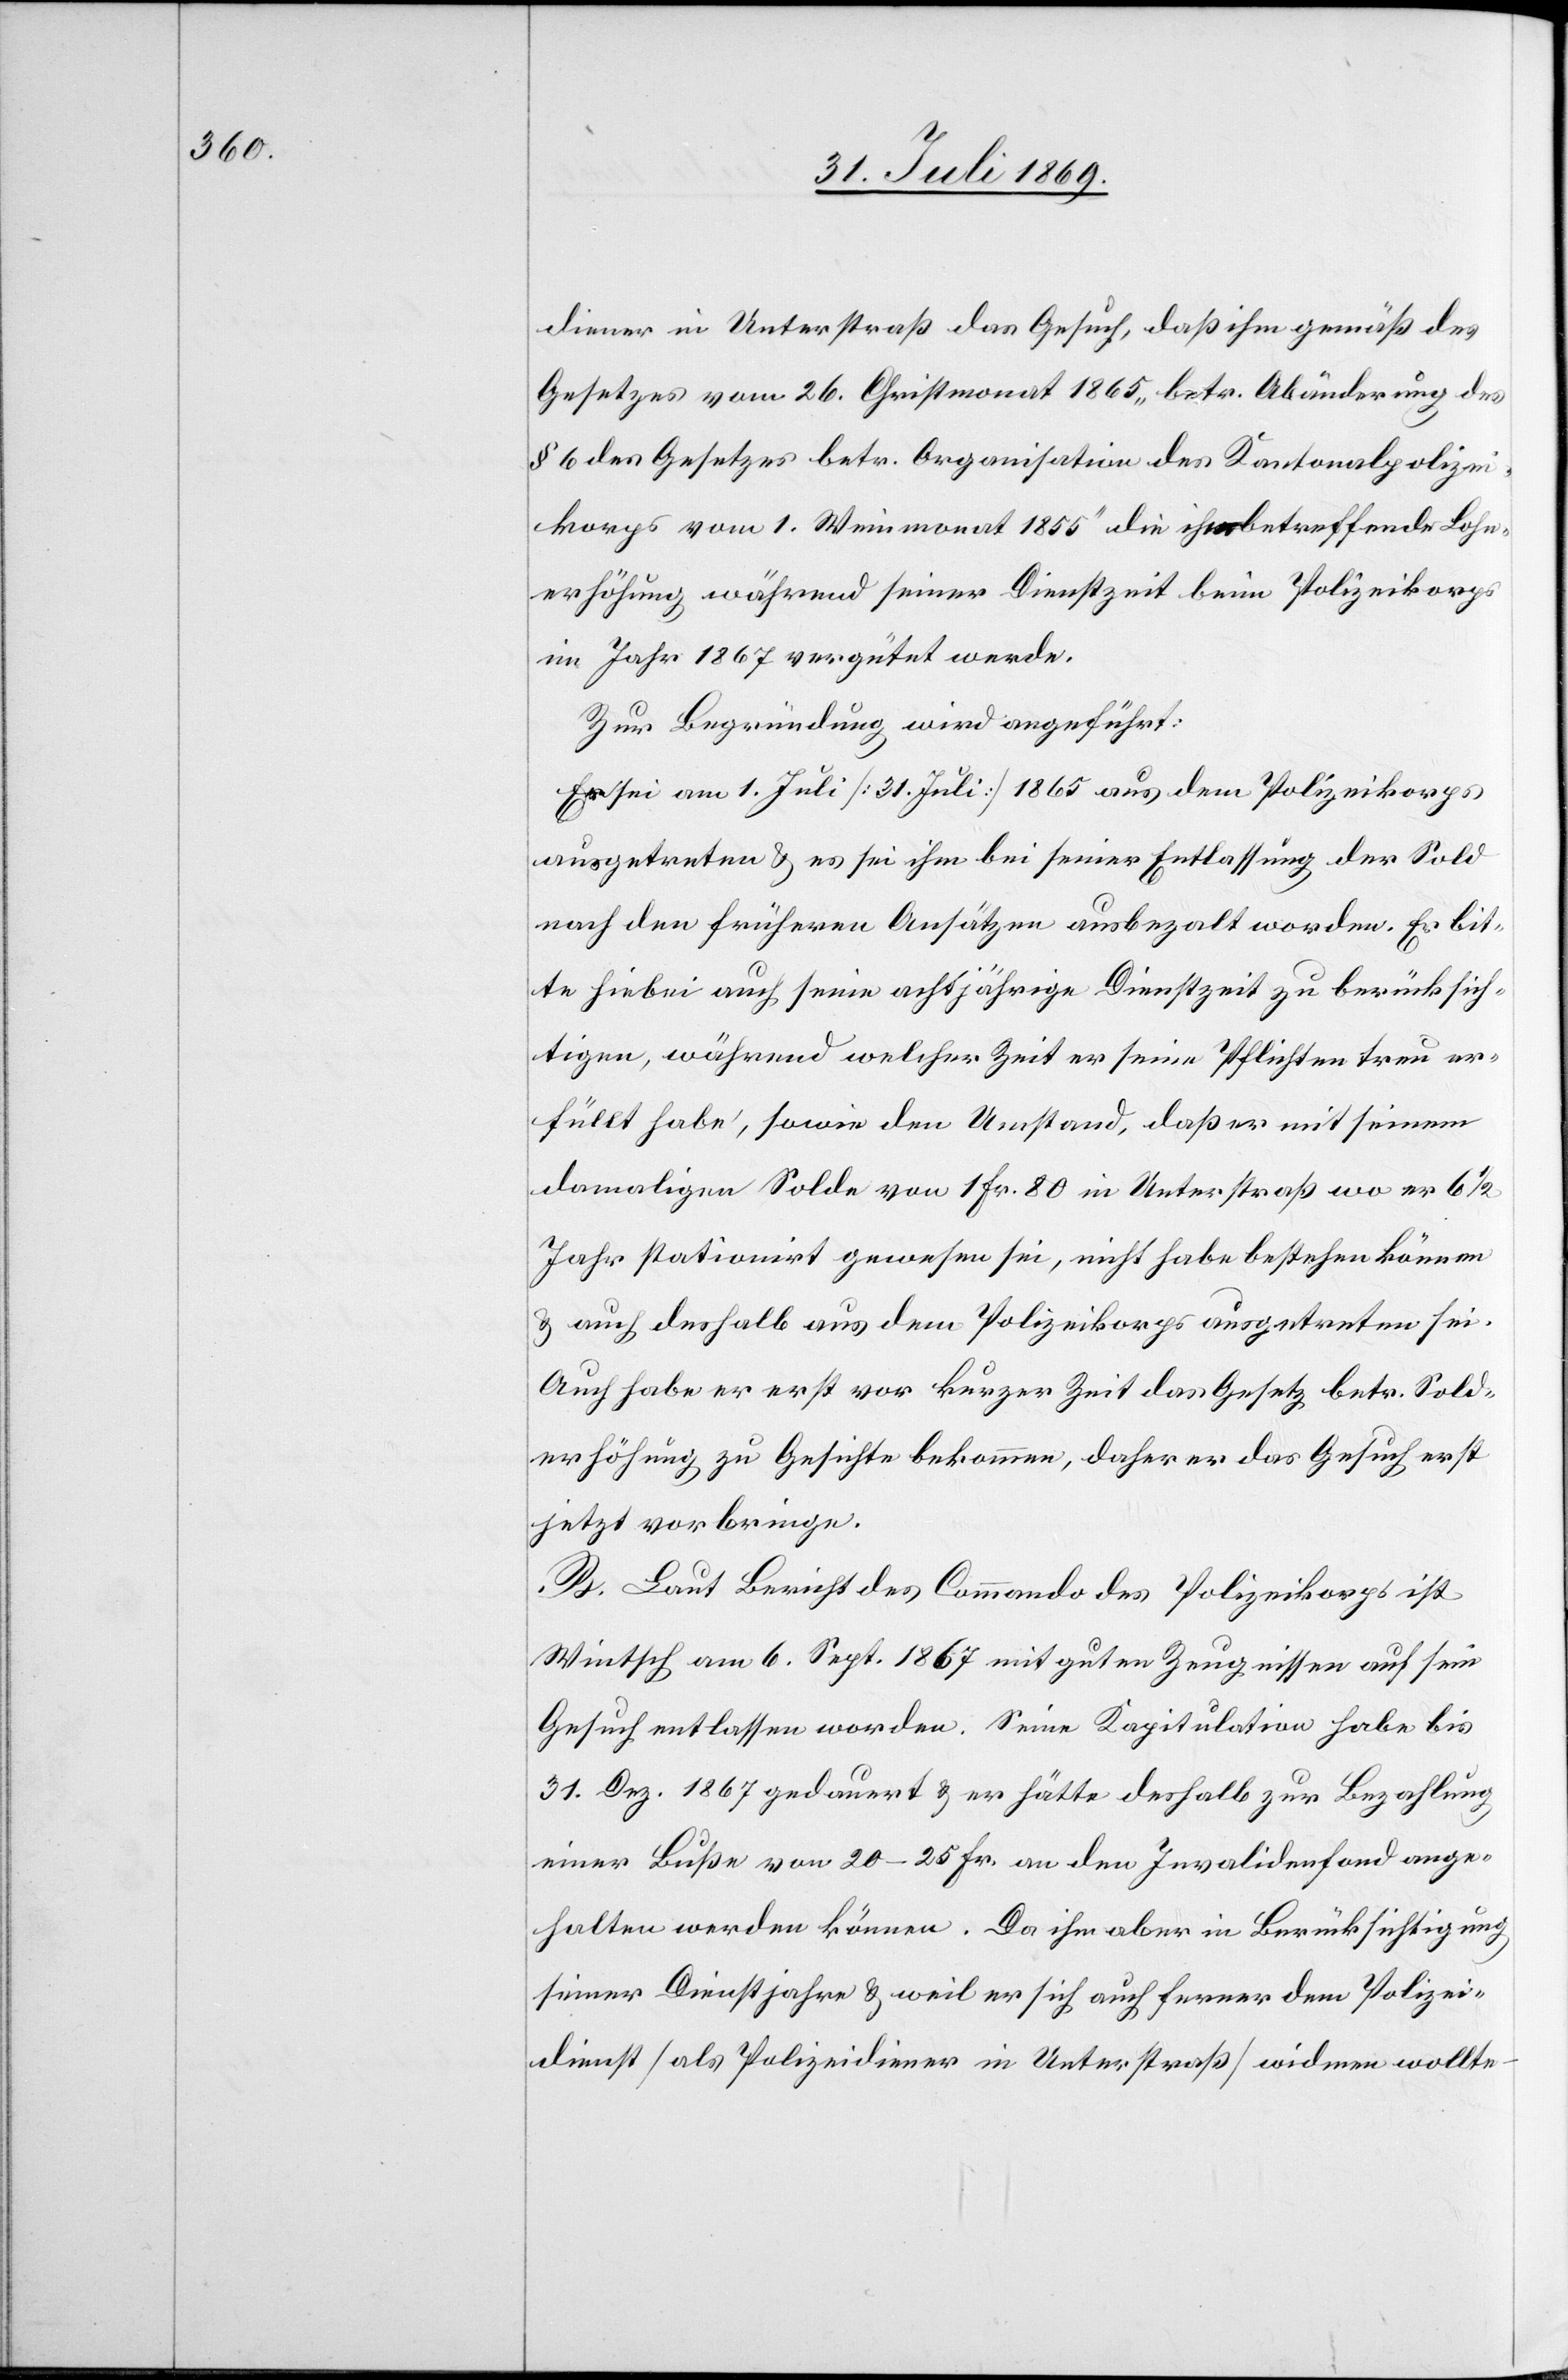
diener in Unterstraß das Gesuch, daß ihm gemäß des
Gesetzes vom 26. Christmonat 1865 „betr. Abänderung des
§ 6 des Gesetzes betr. Organisation des Kantonalpolizei¬
korps vom 1. Weinmonat 1855“ die ihn betreffende Lohn¬
erhöhung während seines Dienstzeit beim Polizeikorps
im Jahr 1867 vergütet werde.
Zur Begründung wird angeführt:
Er sei am 1. Juli [31. Juli] 1865 aus dem Polizeikorps
ausgetreten u. es sei ihm bei seiner Entlassung der Sold
nach den frühern Ansätzen ausbezalt worden. Er bit¬
te hiebei auch seine achtjährige Dienstzeit zu berücksich¬
tigen, während welcher Zeit er seine Pflichten treu er¬
füllt habe, sowie den Umstand, daß er mit seinem
damaligen Solde von 1 Fr. 80 in Unterstraß wo er 6 1/2
Jahre stationirt gewesen sei, nicht habe bestehen können
u. auch deshalb aus dem Polizeikorps ausgetreten sei.
Auch habe er erst vor kurzer Zeit das Gesetz betr. Sold¬
erhöhung zu Gesichte bekommen, daher er das Gesuch erst
jetzt vorbringe.
B. Laut Bericht des Commando des Polizeikorps ist
Wintsch am 6. Sept. 1867 mit guten Zeugnissen auf sein
Gesuch entlassen worden. Seine Kapitulation habe bis
31. Dez. 1867 gedauert u. er hätte deshalb zur Bezahlung
einer Buße von 20–25 Fr. an den Invalidenfond ange¬
halten werden können. Da ihm aber in Berücksichtigung
seiner Dienstjahre u. weil er sich auch ferner dem Polizei¬
dienst [als Polizeidiener in Unterstraß] widmen wollte